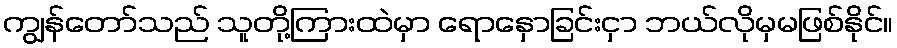
ကျွန်တော်သည် သူတို့ကြားထဲမှာ ရောနှောခြင်းငှာ ဘယ်လိုမှမဖြစ်နိုင်။